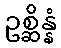
ဥစ္ဆိန္နံ